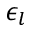
\epsilon _ { l }